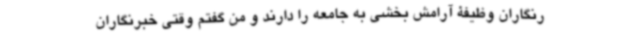
رنگاران وظیفۀ آرامش بخشی به جامعه را دارند و من گفتم وقتی خبرنگاران